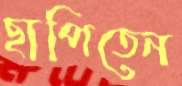
ছাপিতেন